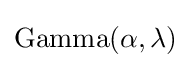
{\text{Gamma}}(\alpha ,\lambda )